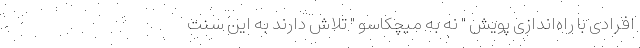
افرادی با راه‌اندازی پویش " نه به میچکاسو " تلاش دارند به این سنت